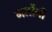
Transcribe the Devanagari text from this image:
मर्लोनी